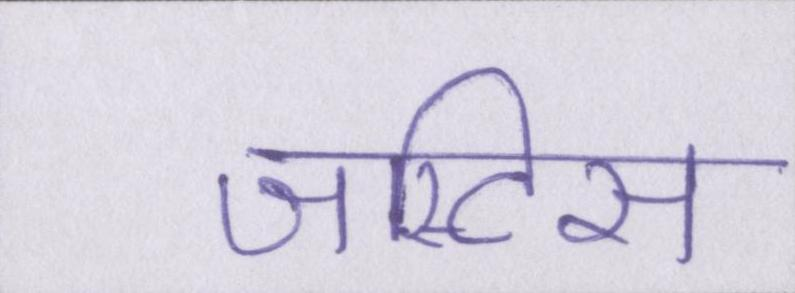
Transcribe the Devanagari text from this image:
जस्टिस